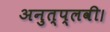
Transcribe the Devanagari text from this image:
अनुत्प्लवी।